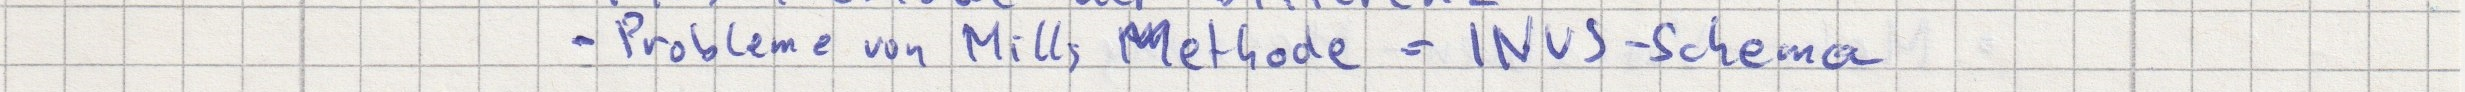
- Probleme von Mills Methode = INUS-Schema